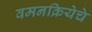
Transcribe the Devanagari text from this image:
वमनक्रियेचे